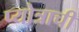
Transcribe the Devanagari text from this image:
प्योत्राची